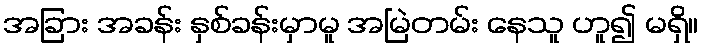
အခြား အခန်း နှစ်ခန်းမှာမူ အမြဲတမ်း နေသူ ဟူ၍ မရှိ။